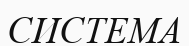
СИСТЕМА